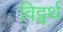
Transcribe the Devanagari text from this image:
विट्वर्थ